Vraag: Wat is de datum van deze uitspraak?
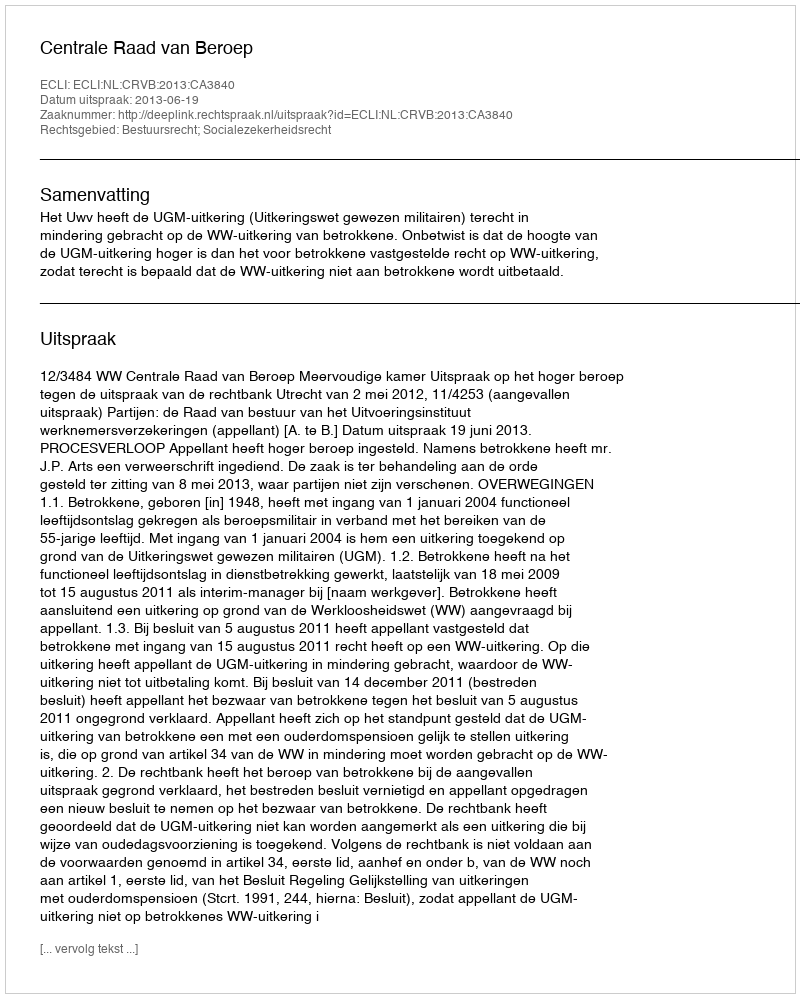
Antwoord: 2013-06-19